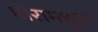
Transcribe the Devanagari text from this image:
मीरामधुरा